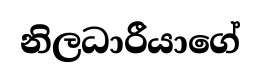
නිලධාරීයාගේ